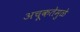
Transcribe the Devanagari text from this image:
अचूकतेमुळे